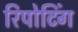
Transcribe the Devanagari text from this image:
रिपोटिंग